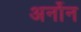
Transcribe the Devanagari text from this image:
अर्नोन